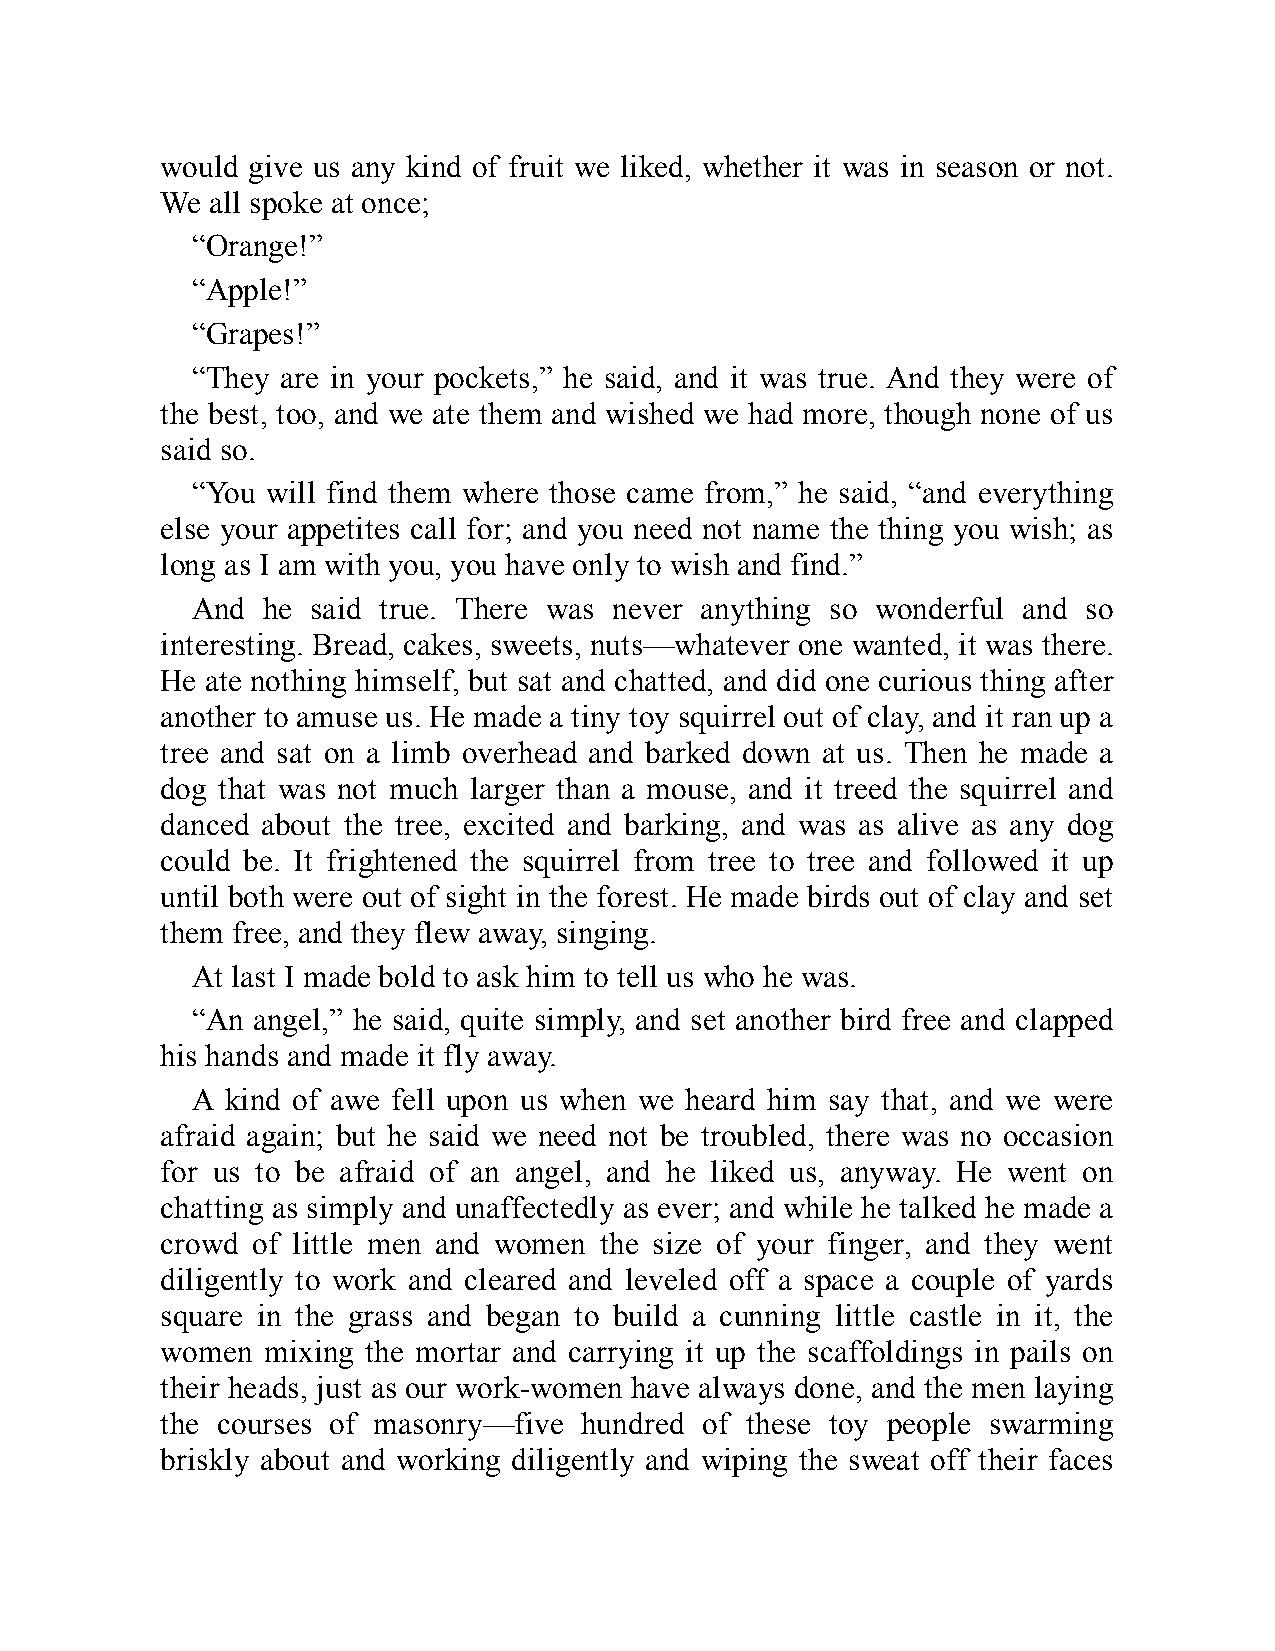
would give us any kind of fruit we liked, whether it was in season or not.
 We all spoke at once;
 “Orange!”
 “Apple!”
 “Grapes!”
 “They are in your pockets,” he said, and it was true. And they were of
 the best, too, and we ate them and wished we had more, though none of us
 said so.
 “You will find them where those came from,” he said, “and everything
 else your appetites call for; and you need not name the thing you wish; as
 long as I am with you, you have only to wish and find.”
 And he  said true. There was never anything so wonderful and so
 interesting. Bread, cakes, sweets, nuts—whatever one wanted, it was there.
 He ate nothing himself, but sat and chatted, and did one curious thing after
 another to amuse us. He made a tiny toy squirrel out of clay, and it ran up a
 tree and sat on a limb overhead and barked down at us. Then he made a
 dog that was not much larger than a mouse, and it treed the squirrel and
 danced about the tree, excited and barking, and was as alive as any dog
 could be. It frightened the squirrel from tree to tree and followed it up
 until both were out of sight in the forest. He made birds out of clay and set
 them free, and they flew away, singing.
 At last I made bold to ask him to tell us who he was.
 “An angel,” he said, quite simply, and set another bird free and clapped
 his hands and made it fly away.
 A kind of awe fell upon us when we heard him say that, and we were
 afraid again; but he said we need not be troubled, there was no occasion
 for us to be afraid of an angel, and he liked us, anyway. He went on
 chatting as simply and unaffectedly as ever; and while he talked he made a
 crowd of little men and women the size of your finger, and they went
 diligently to work and cleared and leveled off a space a couple of yards
 square in the grass and began to build a cunning little castle in it, the
 women mixing the mortar and carrying it up the scaffoldings in pails on
 their heads, just as our work-women have always done, and the men laying
 the courses of masonry—five hundred of these toy people swarming
 briskly about and working diligently and wiping the sweat off their faces